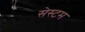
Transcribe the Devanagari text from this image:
सेस्टम